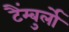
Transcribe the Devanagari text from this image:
टैंम्बुर्लो